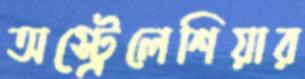
অস্ট্রেলেশিয়ার